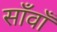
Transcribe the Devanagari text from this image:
साँवाँ